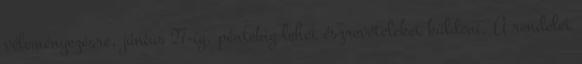
véleményezésre, június 27-ig, péntekig lehet észrevételeket küldeni. A rendelet